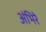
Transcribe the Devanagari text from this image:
अंभिरे